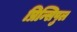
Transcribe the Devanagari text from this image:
प्रिन्सिपुल